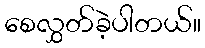
စေလွှတ်ခဲ့ပါတယ်။